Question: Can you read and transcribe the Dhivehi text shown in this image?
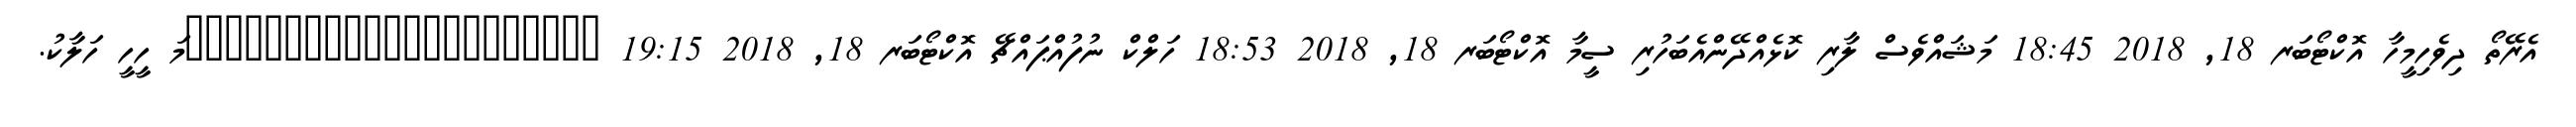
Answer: އެރޭތޯ ދިވެހިމީހާ އޮކްޓޯބަރ 18, 2018 18:45 މަޝައްވެސް ލާރި ކޮޅެއްދޭންއެބަހުރި ސީމާ އޮކްޓޯބަރ 18, 2018 18:53 ހަލްކް ނުފުއްޕައްޗޭ އޮކްޓޯބަރ 18, 2018 19:15 ?????????????????????މަ ހީހީ ހަލާކު.